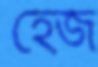
হেজ